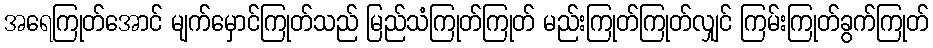
အရေကြုတ်အောင် မျက်မှောင်ကြုတ်သည် မြည်သံကြုတ်ကြုတ် မည်းကြုတ်ကြုတ်လျှင် ကြမ်းကြုတ်ခွက်ကြုတ်